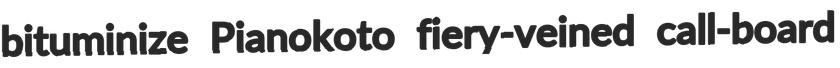
bituminize Pianokoto fiery-veined call-board